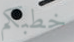
خطبكم